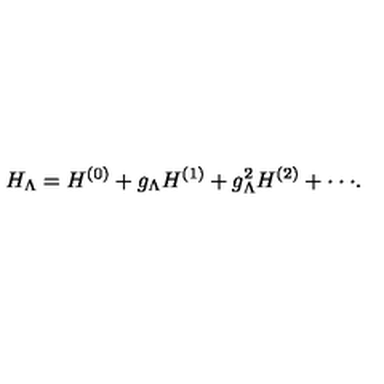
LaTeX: H _ { \Lambda } = H ^ { ( 0 ) } + g _ { \Lambda } H ^ { ( 1 ) } + g _ { \Lambda } ^ { 2 } H ^ { ( 2 ) } + \cdot \cdot \cdot .